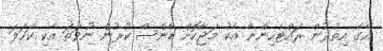
އޭގެ އިތުރުން ރައްޓެހިންނާ އެކު މަޖާކޮށް ޑާންސް ކުރުން ނުވަތަ އެކި ކަހަލަ